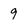
Character: 9